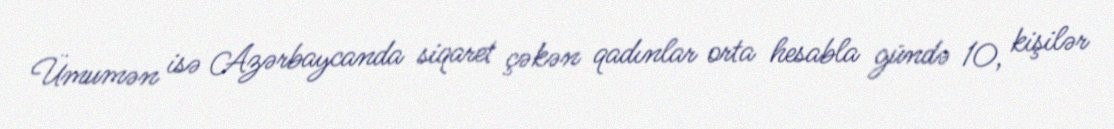
Ümumən isə Azərbaycanda siqaret çəkən qadınlar orta hesabla gündə 10, kişilər